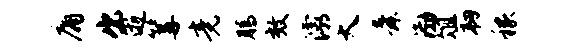
庸出逝篝竟腾效灞大舜渤俎韧稼